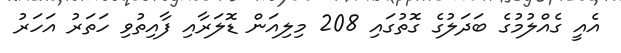
އެއީ ގެއްލުމުގެ ބަދަލުގެ ގޮތުގައި 208 މިލިއަން ޑޮލަރާއި ފާއިތުވި ހަތަރު އަހަރު